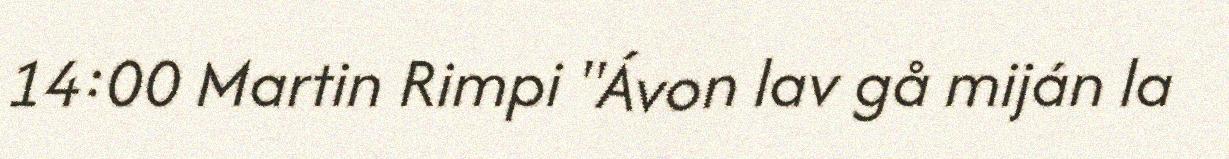
14:00 Martin Rimpi "Ávon lav gå miján la